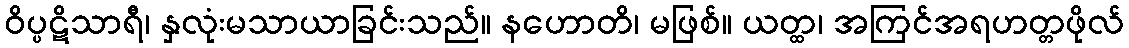
ဝိပ္ပဋိသာရီ၊ နှလုံးမသာယာခြင်းသည်။ နဟောတိ၊ မဖြစ်။ ယတ္ထ၊ အကြင်အရဟတ္တဖိုလ်